system: You are a helpful assistant.
user:
Analyze the provided spectrum to determine if it is a **S-type Star**.

- **Key Indicators for S-type Star:**

    - **(Overall Spectrum Shape):** The first and most obvious characteristic is the overall continuum (the "baseline" shape). It is **extremely "red-sloping,"** meaning the flux (light intensity) is very low on the left side (blue, ~4000-4500 Å) and rises steeply and continuously toward the right side (red, ~7000 Å+).

    - **(Primary):** The spectrum is defined by the presence of strong, broad molecular absorption "valleys" (bands) from **Zirconium Oxide (ZrO)**. The identification of these bands is the **primary requirement** for classifying a star as S-type.
        - **(Key Bandheads):** You must find distinct, deep "dips" where the light has been absorbed. The most critical band systems to locate are:
            - **~6474 Å** ($\gamma$-system): This is often the strongest and clearest ZrO feature, found in the red part of the spectrum.
            - **~5718 Å** & **~5551 Å** ($\beta$-system): A pair of prominent absorption features in the yellow-orange part of the spectrum.
            - **~4640 Å** ($\alpha$-system): A key absorption band system in the blue-green region of the spectrum.

    - **(Secondary Confirmation):** The classification is strengthened by finding additional absorption bands from other related heavy element oxides, which are expected to be present alongside ZrO.
        - **(Key Bandheads):**
            - **Yttrium Oxide (YO):** Look for absorption dips near **~4800 Å** and **~6100 Å**.
            - **Lanthanum Oxide (LaO):** Additional absorption features, particularly in the red-orange part of the spectrum, are also characteristic.

    - **(Line Profile):** The combination of the steep red continuum and these numerous, deep molecular bands (ZrO, YO, etc.) gives the entire spectrum a very **"chopped-up"** or **"bumpy"** appearance. Instead of a smooth curve, the spectrum looks as though large, wide chunks of light have been "carved out" of it at the specific wavelengths listed above.

Think first, call **spectral_visualization_tool** if needed to examine features in detail, then provide your final answer. Your response must adhere to the following strict rules:
1.  **Overall Structure:** Your response must follow the format `<think>...</think> <tool_call>...</tool_call> (if a tool is used) <answer>...</answer>`.
2.  **Tool Usage Constraint:** You may only make **one** tool call per turn.
3.  **Final Answer Format:** In the `<answer>` tag, your conclusion must be inside a `\boxed{}` command (e.g., `\boxed{YES}` or `\boxed{NO}`), followed by your justification.

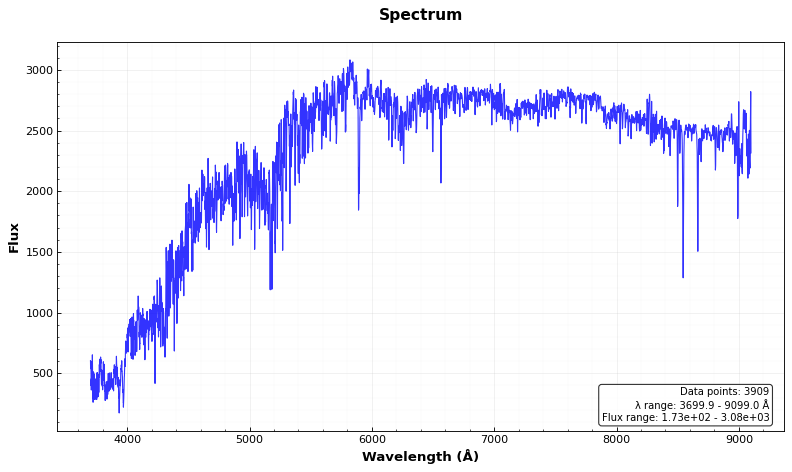
Answer: NO